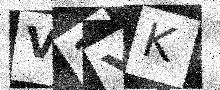
Text: V1YK